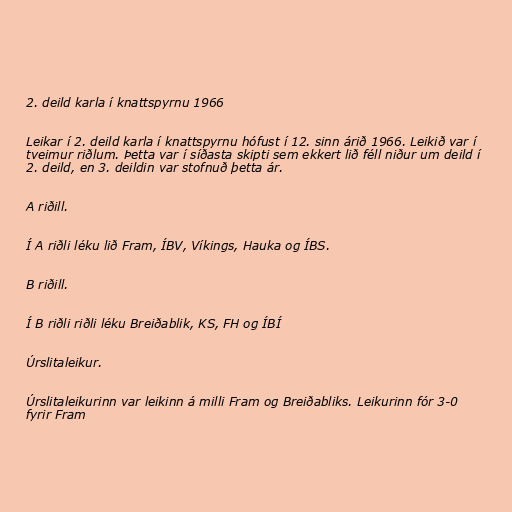
2. deild karla í knattspyrnu 1966

Leikar í 2. deild karla í knattspyrnu hófust í 12. sinn árið 1966. Leikið var í
tveimur riðlum. Þetta var í síðasta skipti sem ekkert lið féll niður um deild í
2. deild, en 3. deildin var stofnuð þetta ár.

A riðill.

Í A riðli léku lið Fram, ÍBV, Víkings, Hauka og ÍBS.

B riðill.

Í B riðli riðli léku Breiðablik, KS, FH og ÍBÍ

Úrslitaleikur.

Úrslitaleikurinn var leikinn á milli Fram og Breiðabliks. Leikurinn fór 3-0
fyrir Fram